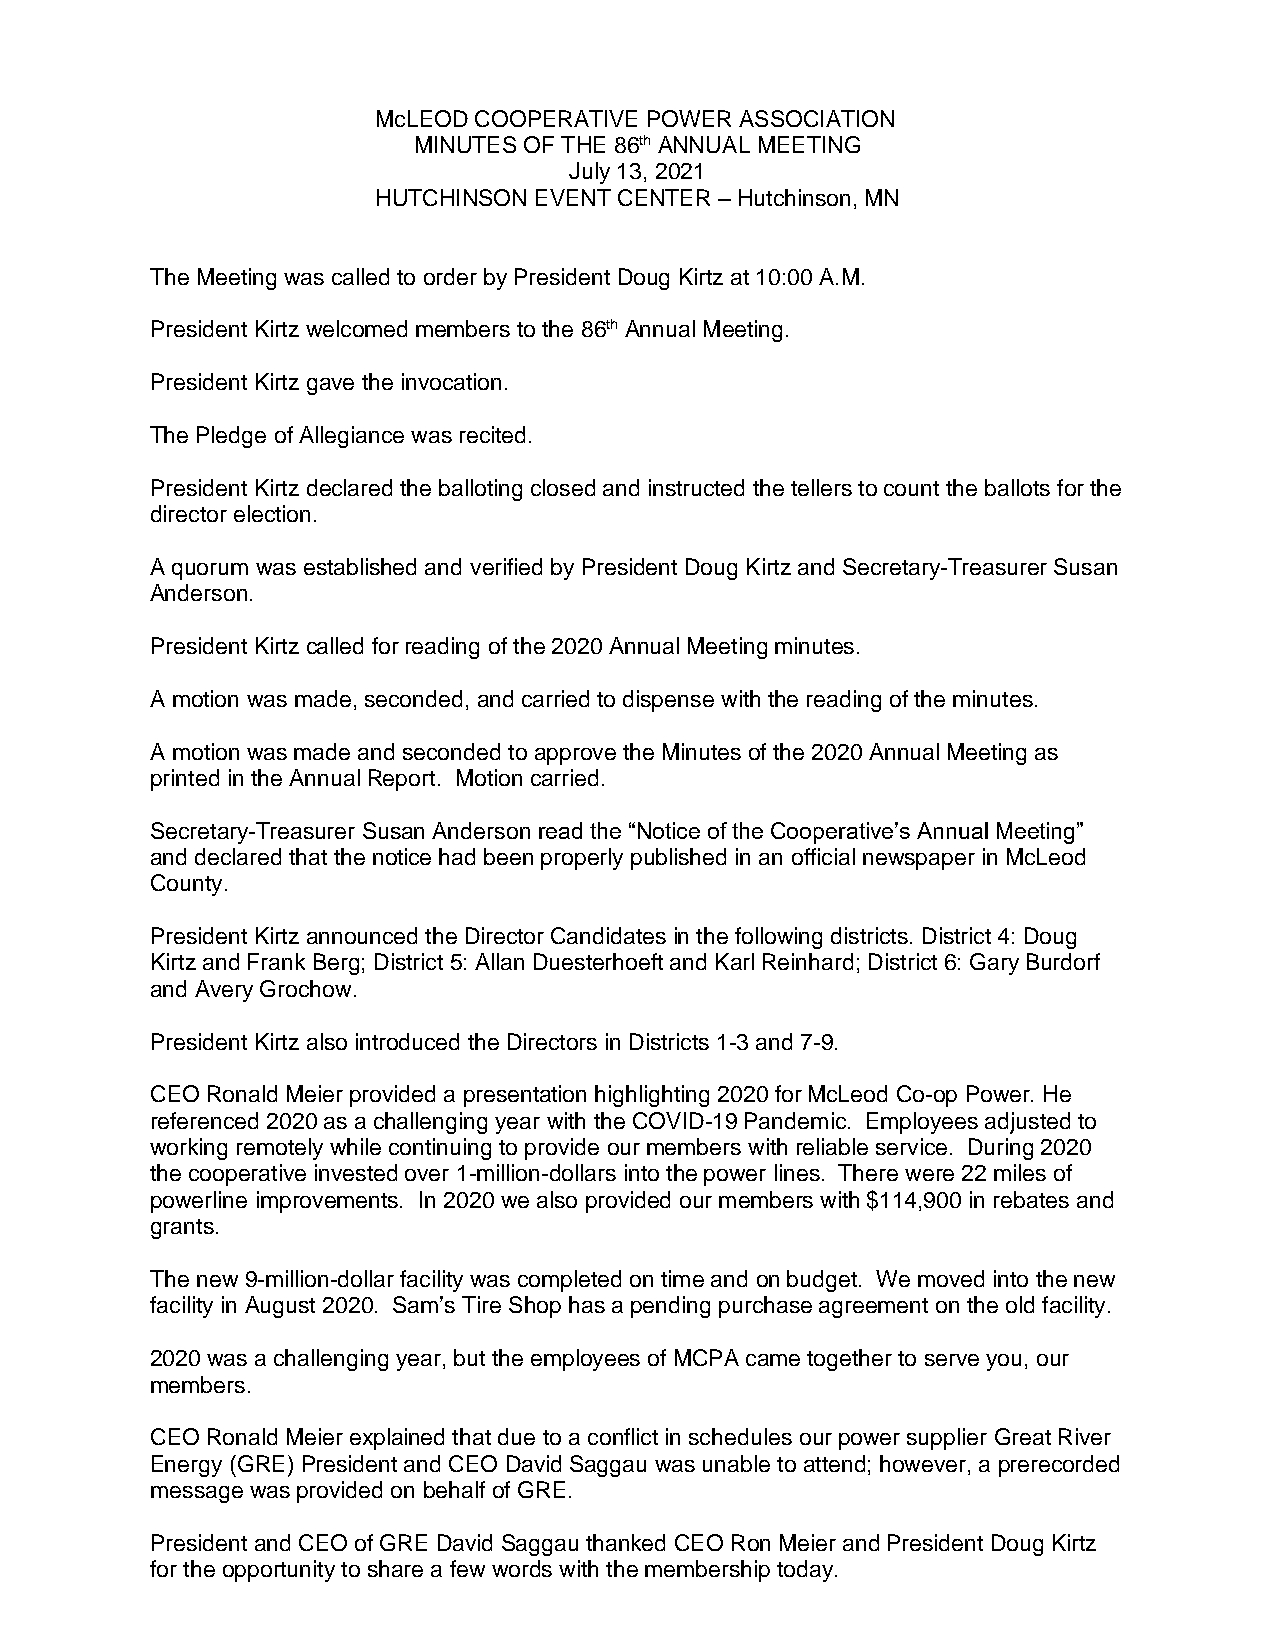
McLEOD COOPERATIVE POWER ASSOCIATION
 MINUTES OF THE 86th ANNUAL MEETING
 July 13, 2021
 HUTCHINSON EVENT CENTER – Hutchinson, MN
 The Meeting was called to order by President Doug Kirtz at 10:00 A.M.
 President Kirtz welcomed members to the 86th Annual Meeting.
 President Kirtz gave the invocation.
 The Pledge of Allegiance was recited.
 President Kirtz declared the balloting closed and instructed the tellers to count the ballots for the
 director election.
 A quorum was established and verified by President Doug Kirtz and Secretary-Treasurer Susan
 Anderson.
 President Kirtz called for reading of the 2020 Annual Meeting minutes.
 A motion was made, seconded, and carried to dispense with the reading of the minutes.
 A motion was made and seconded to approve the Minutes of the 2020 Annual Meeting as
 printed in the Annual Report. Motion carried.
 Secretary-Treasurer Susan Anderson read the “Notice of the Cooperative’s Annual Meeting”
 and declared that the notice had been properly published in an official newspaper in McLeod
 County.
 President Kirtz announced the Director Candidates in the following districts. District 4: Doug
 Kirtz and Frank Berg; District 5: Allan Duesterhoeft and Karl Reinhard; District 6: Gary Burdorf
 and Avery Grochow.
 President Kirtz also introduced the Directors in Districts 1-3 and 7-9.
 CEO Ronald Meier provided a presentation highlighting 2020 for McLeod Co-op Power. He
 referenced 2020 as a challenging year with the COVID-19 Pandemic. Employees adjusted to
 working remotely while continuing to provide our members with reliable service. During 2020
 the cooperative invested over 1-million-dollars into the power lines. There were 22 miles of
 powerline improvements. In 2020 we also provided our members with $114,900 in rebates and
 grants.
 The new 9-million-dollar facility was completed on time and on budget. We moved into the new
 facility in August 2020. Sam’s Tire Shop has a pending purchase agreement on the old facility.
 2020 was a challenging year, but the employees of MCPA came together to serve you, our
 members.
 CEO Ronald Meier explained that due to a conflict in schedules our power supplier Great River
 Energy (GRE) President and CEO David Saggau was unable to attend; however, a prerecorded
 message was provided on behalf of GRE.
 President and CEO of GRE David Saggau thanked CEO Ron Meier and President Doug Kirtz
 for the opportunity to share a few words with the membership today.